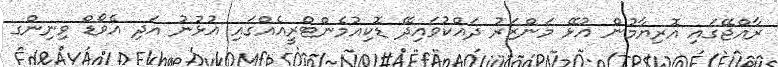
ރާއްޖޭގައި އޮރިޔާމުން އުޅޭ މަންޒަރު ދައްކުވައިދޭ ޑޮކިއުމެންޓްރީއެއްގައި އުޅުނު އަދި އެވޯޑް ވިނިންގ